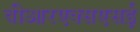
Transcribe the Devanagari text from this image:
वीआरएक्सएसई